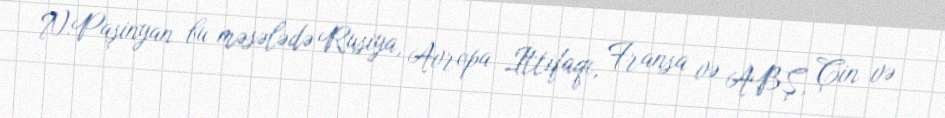
N.Paşinyan bu məsələdə Rusiya, Avropa İttifaqı, Fransa və ABŞ, Çin və